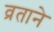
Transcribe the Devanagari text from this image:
व्रताने